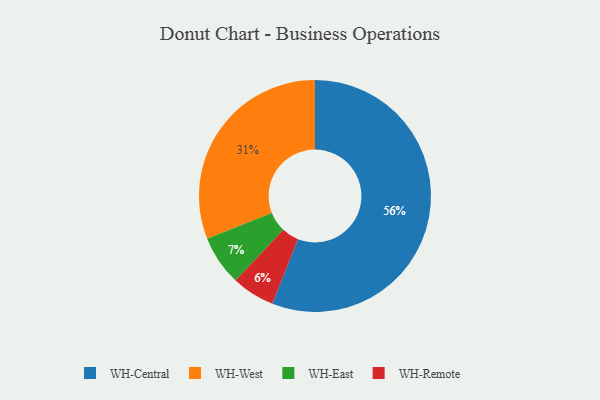
{"axis": {"x": "Category", "y": "Percentage"}, "legend": ["WH-Central", "WH-East", "WH-Remote", "WH-West"], "data": [{"x": "WH-Remote", "y": 6, "type": "WH-Remote"}, {"x": "WH-West", "y": 31, "type": "WH-West"}, {"x": "WH-East", "y": 7, "type": "WH-East"}, {"x": "WH-Central", "y": 56, "type": "WH-Central"}]}